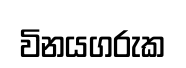
විනයගරුක